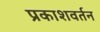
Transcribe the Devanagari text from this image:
प्रकाशवर्तन